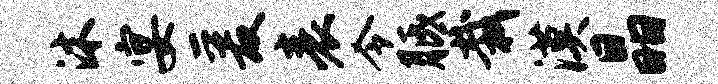
沐宴爰表令胝栽漠晶